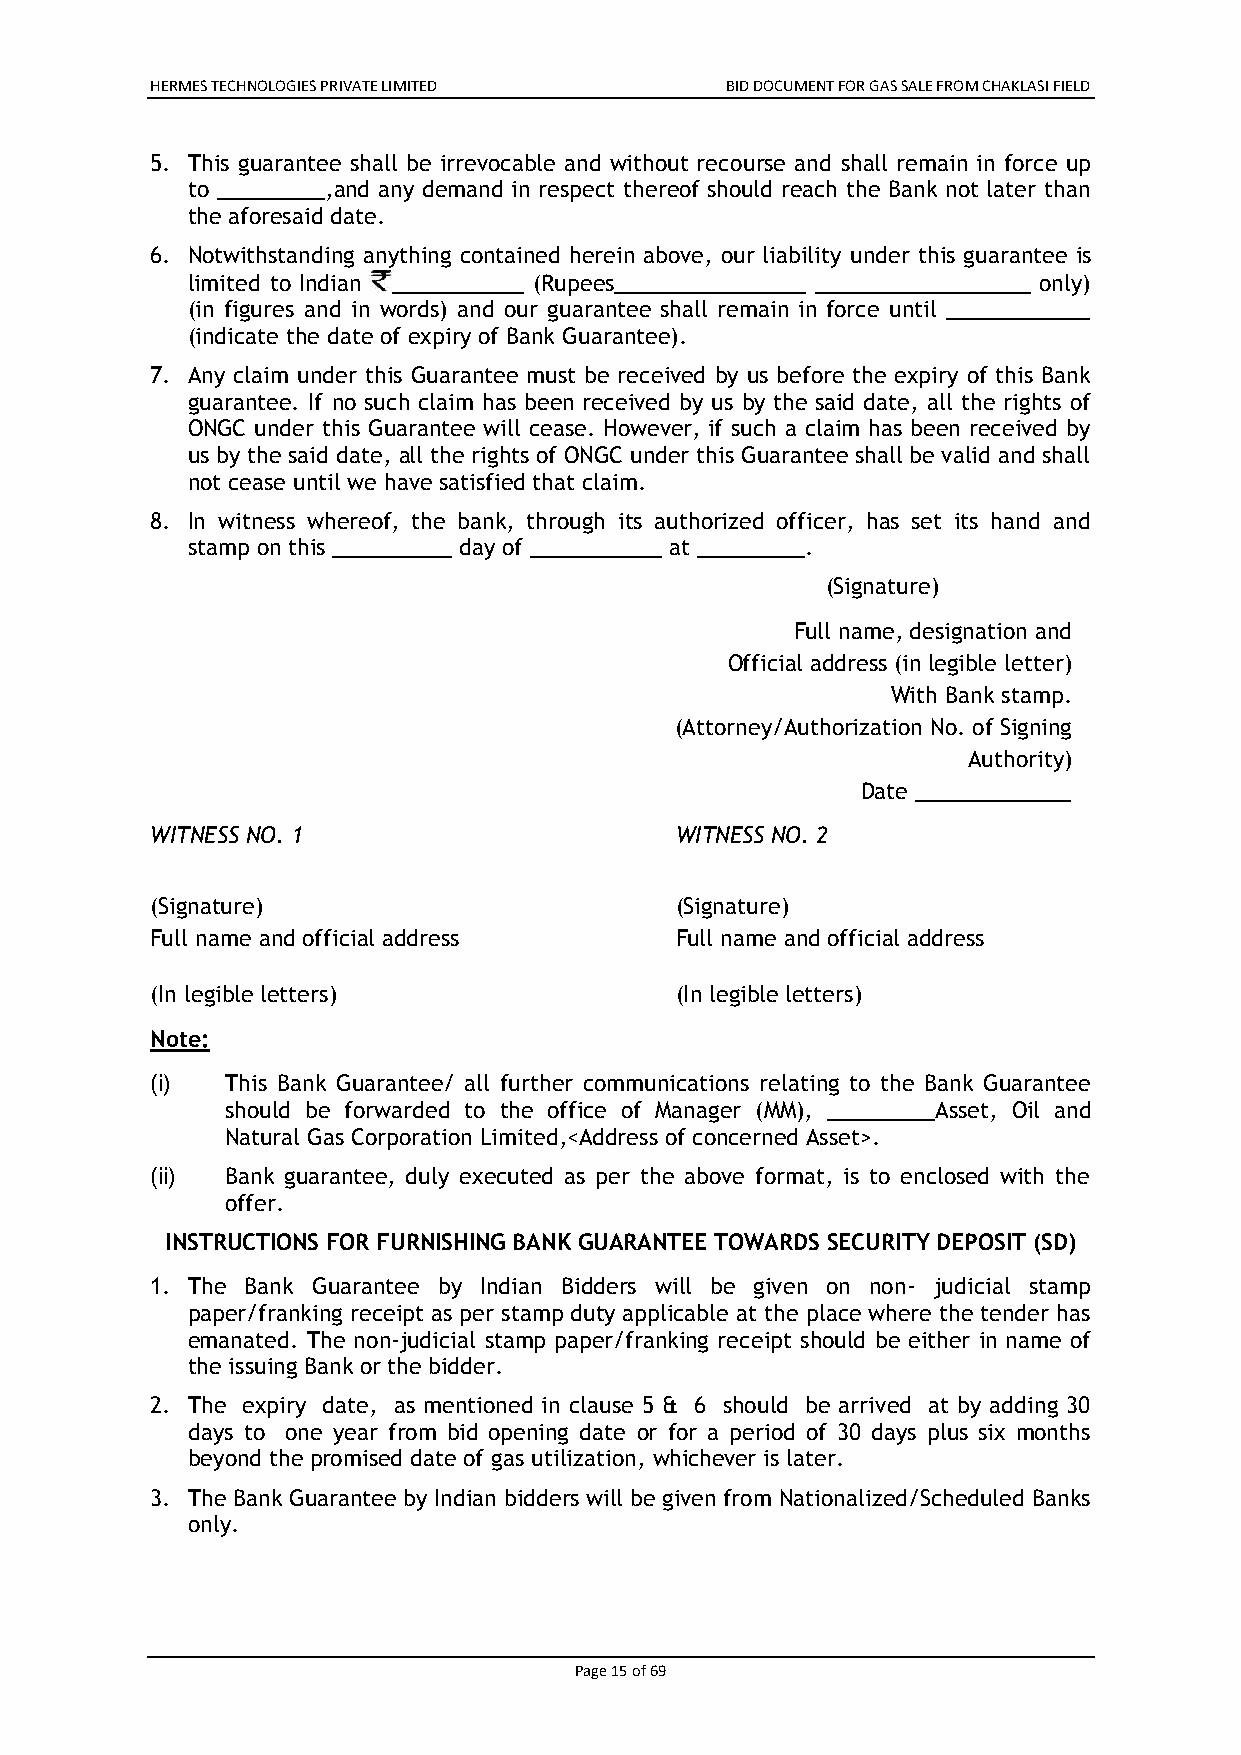
HERMES TECHNOLOGIES PRIVATE LIMITED   BID DOCUMENT FOR GAS SALE FROM CHAKLASI FIELD
 5. This guarantee shall be irrevocable and without recourse and shall remain in force up
 to _________,and any demand in respect thereof should reach the Bank not later than
 the aforesaid date.
 6. Notwithstanding anything contained herein above, our liability under this guarantee is
 limited to Indian ___________ (Rupees________________ __________________ only)
 (in figures and in words) and our guarantee shall remain in force until ____________
 (indicate the date of expiry of Bank Guarantee).
 7. Any claim under this Guarantee must be received by us before the expiry of this Bank
 guarantee. If no such claim has been received by us by the said date, all the rights of
 ONGC under this Guarantee will cease. However, if such a claim has been received by
 us by the said date, all the rights of ONGC under this Guarantee shall be valid and shall
 not cease until we have satisfied that claim.
 8. In witness whereof, the bank, through its authorized officer, has set its hand and
 stamp on this __________ day of ___________ at _________.
 (Signature)
 Full name, designation and
 Official address (in legible letter)
 With Bank stamp.
 (Attorney/Authorization No. of Signing
 Authority)
 Date _____________
 WITNESS NO. 1                      WITNESS NO. 2
 (Signature)                        (Signature)
 Full name and official address     Full name and official address
 (In legible letters)               (In legible letters)
 Note:
 (i)  This Bank Guarantee/ all further communications relating to the Bank Guarantee
 should be forwarded to the office of Manager (MM), _________Asset, Oil and
 Natural Gas Corporation Limited,<Address of concerned Asset>.
 (ii) Bank guarantee, duly executed as per the above format, is to enclosed with the
 offer.
 INSTRUCTIONS FOR FURNISHING BANK GUARANTEE TOWARDS SECURITY DEPOSIT (SD)
 1. The Bank Guarantee by Indian Bidders will be given on non- judicial stamp
 paper/franking receipt as per stamp duty applicable at the place where the tender has
 emanated. The non-judicial stamp paper/franking receipt should be either in name of
 the issuing Bank or the bidder.
 2. The expiry date, as mentioned in clause 5 & 6 should be arrived at by adding 30
 days to one year from bid opening date or for a period of 30 days plus six months
 beyond the promised date of gas utilization, whichever is later.
 3. The Bank Guarantee by Indian bidders will be given from Nationalized/Scheduled Banks
 only.
 Page 15 of 69